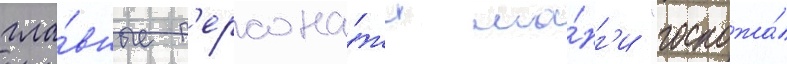
гла́вные п'ерсона́жи ма́нг'и "госпожа́